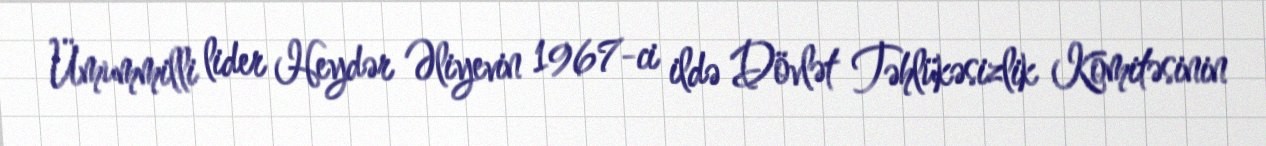
Ümummilli lider Heydər Əliyevin 1967-ci ildə Dövlət Təhlükəsizlik Komitəsinin